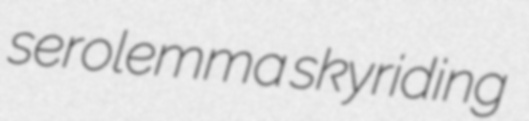
serolemma skyriding